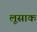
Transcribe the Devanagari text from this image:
लूसाक